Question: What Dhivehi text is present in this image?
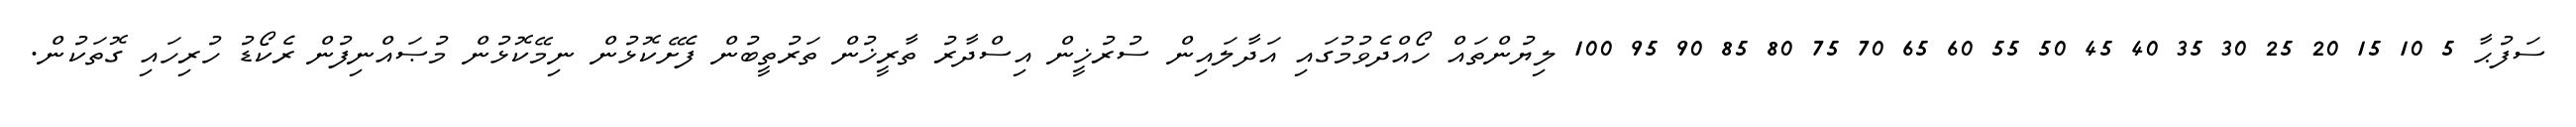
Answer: ސަފުޙާ 5 10 15 20 25 30 35 40 45 50 55 60 65 70 75 80 85 90 95 100 ލިޔުންތައް ހޯއްދެވުމުގައި އަދާލައިން ސުރުޚީން އިސްދާރު ތާރީޚުން ތަރުތީބުން ފެށޭކޮޅުން ނިމޭކޮޅުން މުޞައްނިފުން ރެކޯޑު ހުރިހައި ގޮތަކުން.